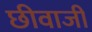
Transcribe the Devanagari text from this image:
छीवाजी